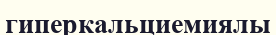
гиперкальциемиялы